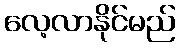
လေ့လာနိုင်မည်